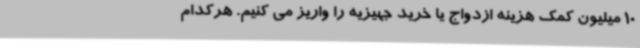
10 میلیون کمک هزینه ازدواج یا خرید جهیزیه را واریز می کنیم. هرکدام